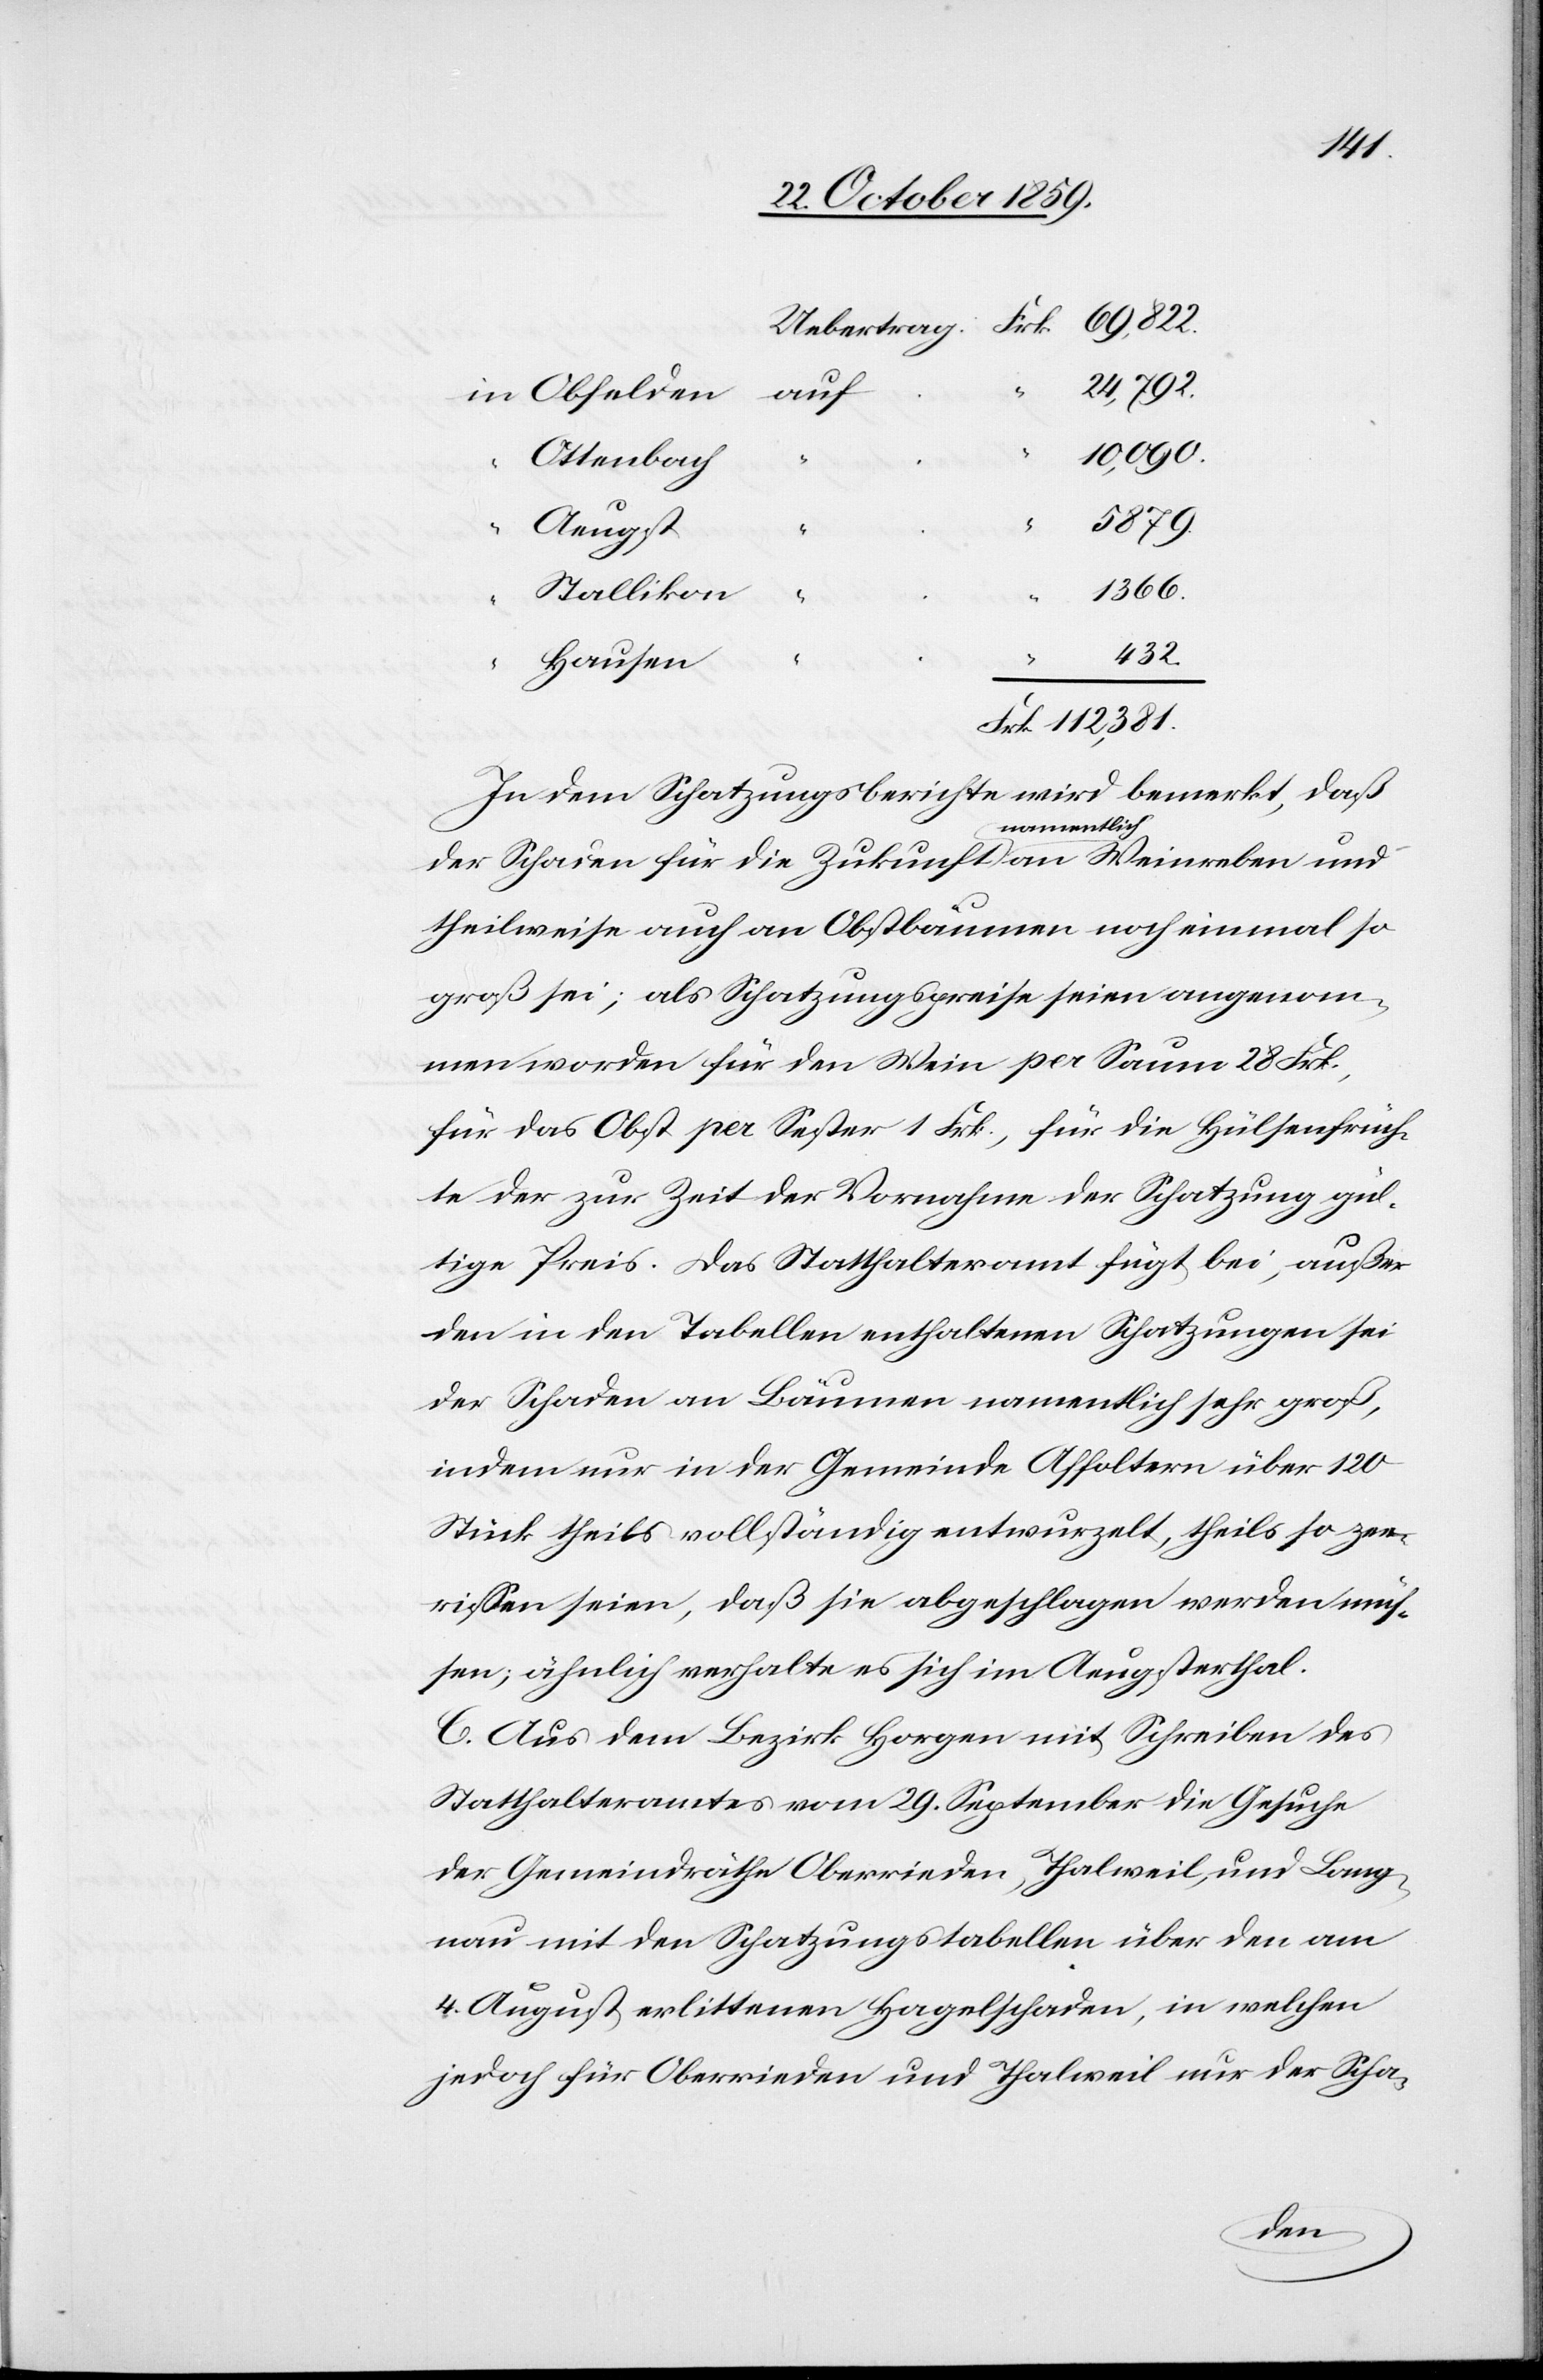
24,792.
auf
10,090.
Ottenbach
5879.
Aeugst
“
Frk.
122,381.
“
Hausen
In dem Schatzungsberichte wird bemerkt, daß
der Schaden für die Zukunft a-namentlich-a an Weinreben und
theilweise auch an Obstbäumen noch einmal so
groß sei; als Schatzungspreise seien angenom¬
men worden für den Wein per Saum 28 Frk.,
für das Obst per Sester 1 Frk., für die Hülsenfrüch¬
te der zur Zeit der Vornahme der Schatzung gül¬
tige Preis. Das Statthalteramt fügt bei, außer
den in den Tabellen enthaltenen Schatzungen sei
der Schaden an Bäumen namentlich sehr groß,
indem nur in der Gemeinde Affoltern über 120
Stück theils vollständig entwurzelt, theils so zer¬
rissen seien, daß sie abgeschlagen werden müs¬
sen; ähnlich verhalte es sich im Aeugsterthal.
C. Aus dem Bezirk Horgen mit Schreiben des
Statthalteramtes vom 29. September die Gesuche
der Gemeindräthe Oberrieden, Thalweil, und Lang¬
nau mit den Schatzungstabellen über den am
4. August erlittenen Hagelschaden, in welchen
jedoch für Oberrieden und Thalweil nur der Scha-
lden